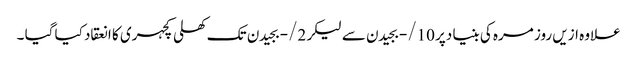
علاوہ ازیں روز مرہ کی بنیا دپر 10/- بجیدن سے لیکر 2/- بجیدن تک کھلی کچہری کا انعقاد کیا گیا ۔